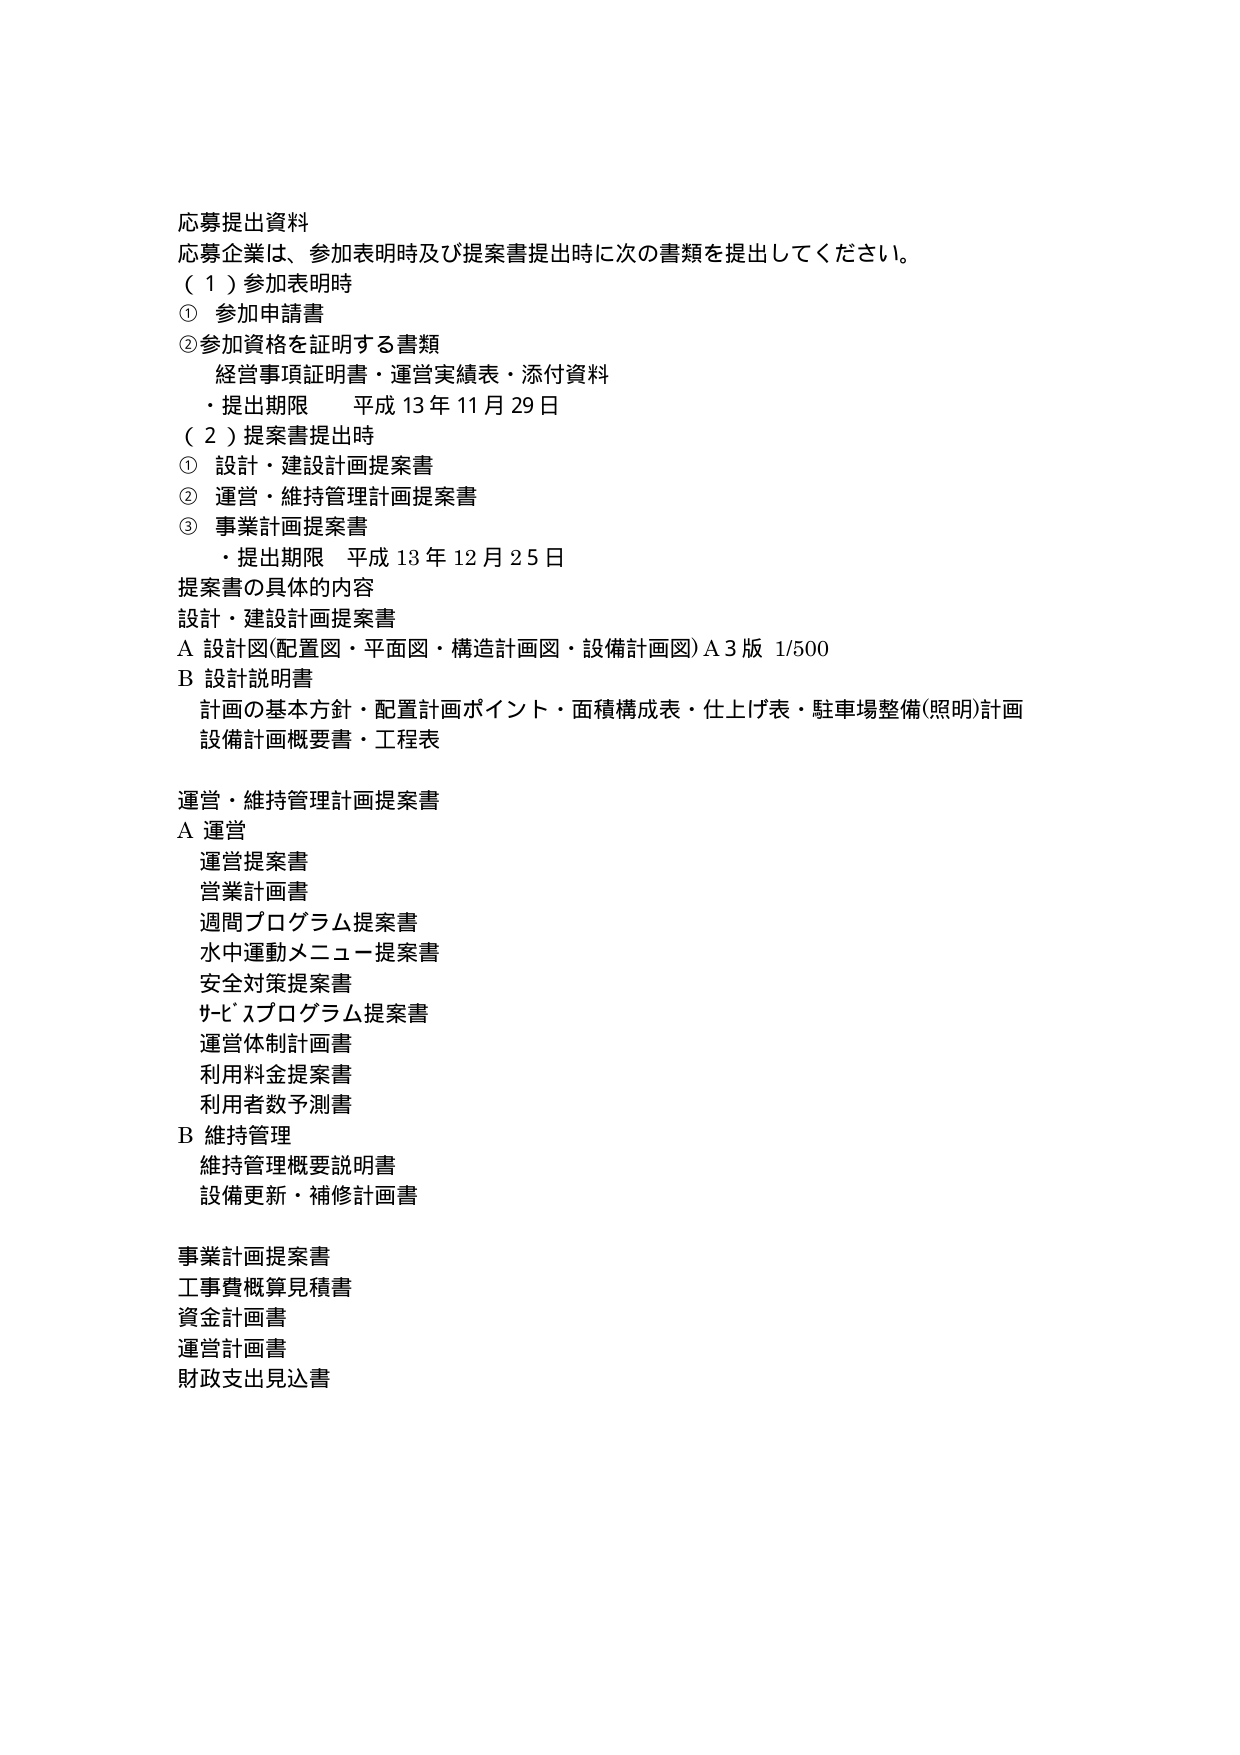
応募提出資料
応募企業は、参加表明時及び提案書提出時に次の書類を提出してください。
（１）参加表明時
① 参加申請書
② 参加資格を証明する書類
　経営事項証明書・運営実績表・添付資料
　・提出期限　平成13年11月29日
（２）提案書提出時
① 設計・建設計画提案書
② 運営・維持管理計画提案書
③ 事業計画提案書
　・提出期限　平成13年12月25日
提案書の具体的内容
設計・建設計画提案書
A 設計図(配置図・平面図・構造計画図・設備計画図) A3版 1/500
B 設計説明書
　計画の基本方針・配置計画ポイント・面積構成表・仕上げ表・駐車場整備(照明)計画
　設備計画概要書・工程表
運営・維持管理計画提案書
A 運営
　運営提案書
　営業計画書
　週間プログラム提案書
　水中運動メニュー提案書
　安全対策提案書
　ｻｰﾋﾞｽプログラム提案書
　運営体制計画書
　利用料金提案書
　利用者数予測書
B 維持管理
　維持管理概要説明書
　設備更新・補修計画書
事業計画提案書
工事費概算見積書
資金計画書
運営計画書
財政支出見込書